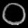
Digit: ၀